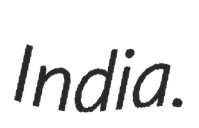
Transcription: India.